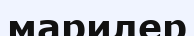
марилер